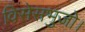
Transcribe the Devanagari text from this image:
विसेसभुजो।